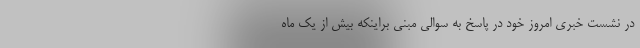
در نشست خبری امروز خود در پاسخ به سوالی مبنی براینکه بیش از یک ماه